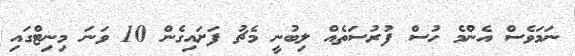
ނަމަވެސް އެންމެ ހުސް ފުރުސަތެއް ލިބުނީ މެޗު ފަށައިގެން 10 ވަނަ މިނިޓްގައި